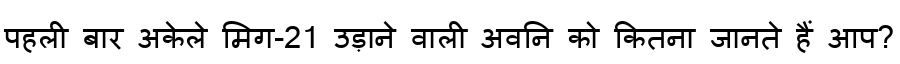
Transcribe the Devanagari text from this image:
पहली बार अकेले मिग-21 उड़ाने वाली अवनि को कितना जानते हैं आप?